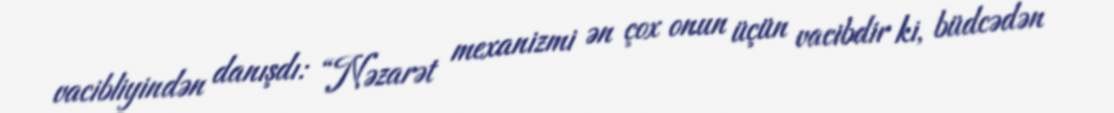
vacibliyindən danışdı: “Nəzarət mexanizmi ən çox onun üçün vacibdir ki, büdcədən